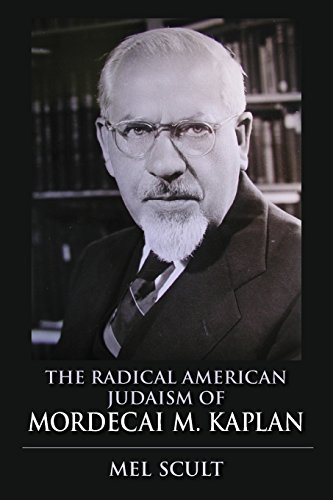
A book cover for The Radical American Judaism of Mordecai M. Kaplan (The Modern Jewish Experience); Mel Scult; Religion & Spirituality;